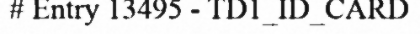
# Entry 13495 - TD1_ID_CARD